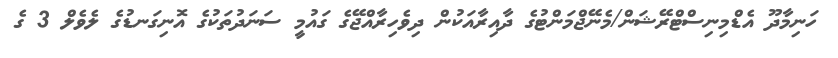
ހަނިމާދޫ އެޑްމިނިސްޓްރޭޝަން/މެނޭޖްމަންޓުގެ ދާއިރާއަކުން ދިވެހިރާއްޖޭގެ ގައުމީ ސަނަދުތަކުގެ އޮނިގަނޑުގެ ލެވެލް 3 ގެ